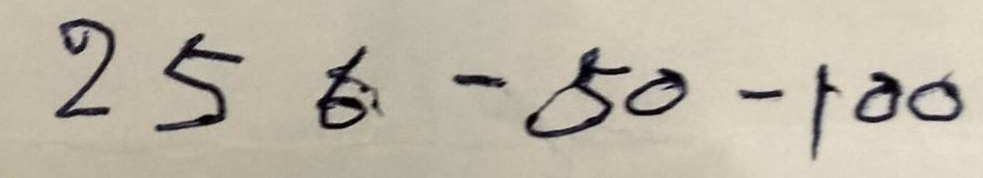
256 - 50 - 100